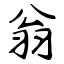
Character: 翁